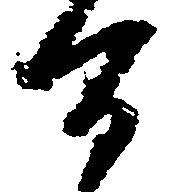
百